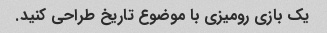
یک بازی رومیزی با موضوع تاریخ طراحی کنید.